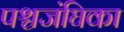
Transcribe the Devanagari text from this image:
पश्चजंघिका